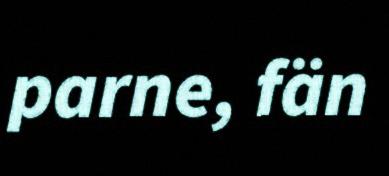
parne, fän